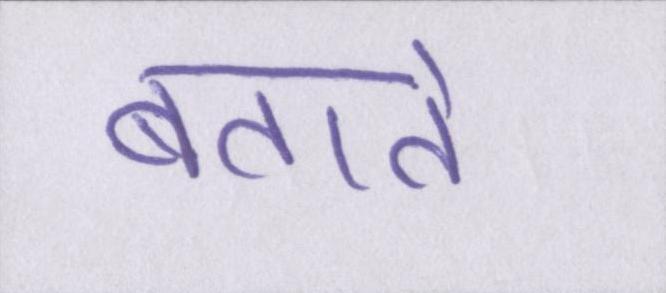
बताते